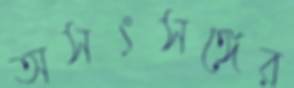
অসৎসঙ্গের